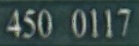
450 0117